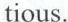
tious.